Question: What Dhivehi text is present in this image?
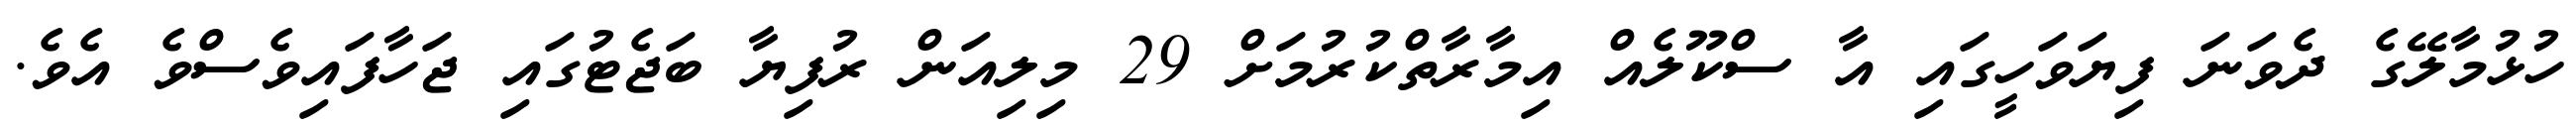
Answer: ހުޅުމާލޭގެ ދެވަނަ ފިޔަވަހީގައި އާ ސްކޫލެއް އިމާރާތްކުރުމަށް 29 މިލިއަން ރުފިޔާ ބަޖެޓުގައި ޖަހާފައިވެސްވެ އެވެ.